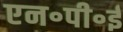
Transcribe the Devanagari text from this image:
एन॰पी॰ई